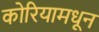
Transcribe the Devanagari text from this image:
कोरियामधून